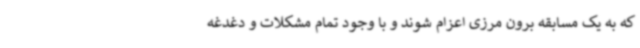
که به یک مسابقه برون مرزی اعزام شوند و با وجود تمام مشکلات و دغدغه